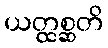
ယတ္ထစ္ဆတိ